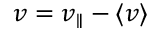
v = v _ { \parallel } - \langle v \rangle